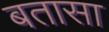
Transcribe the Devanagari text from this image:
बतासा